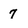
Character: 7